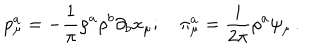
p _ { \mu } ^ { a } = - \frac { 1 } { \pi } \rho ^ { a } \rho ^ { b } \partial _ { b } x _ { \mu } ; \quad \pi _ { \mu } ^ { a } = \frac { i } { 2 \pi } \rho ^ { a } \psi _ { \mu } \, .